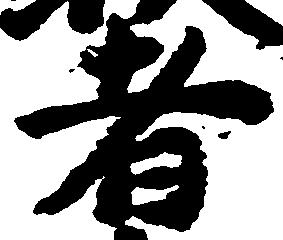
者